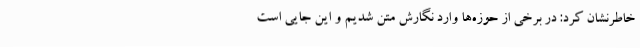
خاطرنشان کرد: در برخی از حوزه‌ها وارد نگارش متن شدیم و این جایی است